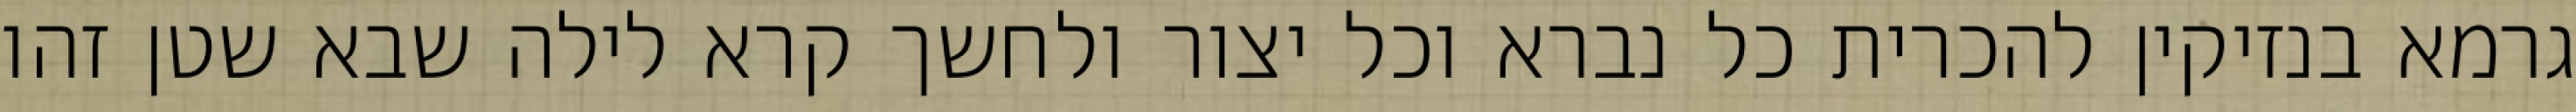
גרמא בנזיקין להכרית כל נברא וכל יצור ולחשך קרא לילה שבא שטן זהו